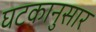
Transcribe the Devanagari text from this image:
घटकानुसार